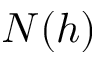
N ( h )